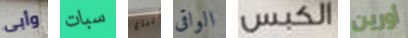
وأبى سبات أرباع الواقى الكبس أورين